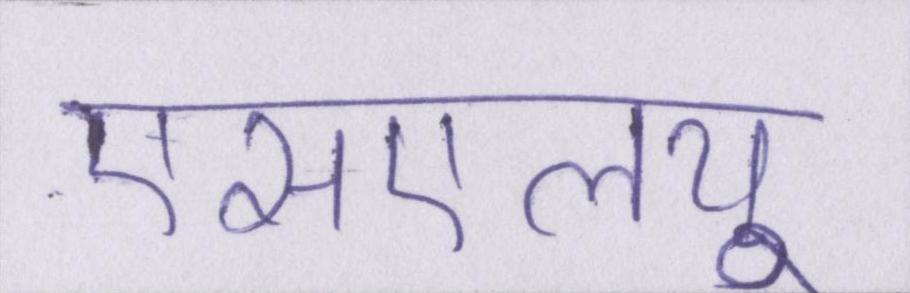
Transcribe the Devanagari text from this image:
एसएलयू